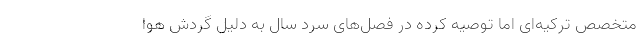
متخصص ترکیه‌ای اما توصیه کرده در فصل‌های سرد سال به دلیل گردش هوا